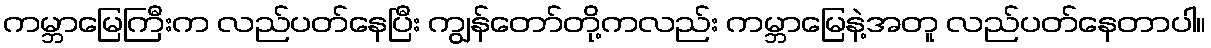
ကမ္ဘာမြေကြီးက လည်ပတ်နေပြီး ကျွန်တော်တို့ကလည်း ကမ္ဘာမြေနဲ့အတူ လည်ပတ်နေတာပါ။